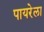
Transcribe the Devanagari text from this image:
पायरेला